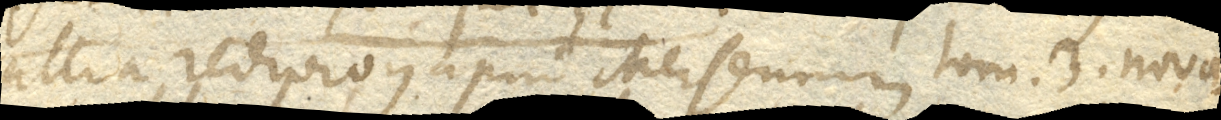
Gallia redivivus apud Mersennum tom. 3. nova–